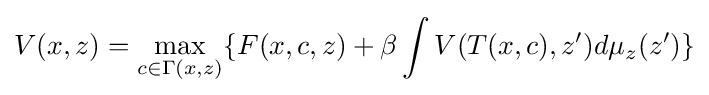
V(x,z)=\max _{c\in \Gamma (x,z)}\{F(x,c,z)+\beta \int V(T(x,c),z')d\mu _{z}(z')\}